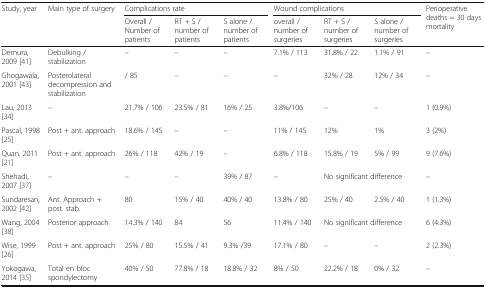
| <ROWSPAN=2> Study, year | <ROWSPAN=2> Main type of surgery | <COLSPAN=3> Complications rate | <COLSPAN=3> Wound complications | <ROWSPAN=2> Perioperative deaths = 30 days mortality |
 | Overall / Number of patients | RT + S / number of patients | S alone / number of patients | overall / number of surgeries | RT + S / number of surgeries | S alone / number of surgeries |
 | --- | --- | --- | --- | --- | --- | --- | --- | --- |
 | Demura, 2009 [41] | Debulking / stabilization | – | – | – | 7.1% / 113 | 31.8% / 22 | 1.1% / 91 | – |
 | Ghogawala, 2001 [43] | Posterolateral decompression and stabilization | / 85 | – | – | – | 32% / 28 | 12% / 34 | – |
 | Lau, 2013 [34] | – | 21.7% / 106 | 23.5% / 81 | 16% / 25 | 3.8%/106 | – | – | 1 (0.9%) |
 | Pascal, 1998 [25] | Post + ant. approach | 18.6% / 145 | – | – | 11% / 145 | 12% | 1% | 3 (2%) |
 | Quan, 2011 [21] | Post + ant. approach | 26% / 118 | 42% / 19 | – | 6.8% / 118 | 15.8% / 19 | 5% / 99 | 9 (7.6%) |
 | Shehadi, 2007 [37] | – | – | – | 39% / 87 | – | <COLSPAN=2> No significant difference | – |
 | Sundaresan, 2002 [42] | Ant. Approach + post. stab. | 80 | 15% / 40 | 40% / 40 | 13.8% / 80 | 25% / 40 | 2.5% / 40 | 1 (1.3%) |
 | Wang, 2004 [38] | Posterior approach | 14.3% / 140 | 84 | 56 | 11.4% / 140 | <COLSPAN=2> No significant difference | 6 (4.3%) |
 | Wise, 1999 [26] | Post + ant. approach | 25% / 80 | 15.5% / 41 | 9.3% /39 | 17.1% / 80 | – | – | 2 (2.3%) |
 | Yokogawa, 2014 [35] | Total en bloc spondylectomy | 40% / 50 | 77.8% / 18 | 18.8% / 32 | 8% / 50 | 22.2% / 18 | 0% / 32 | – |